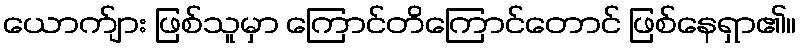
ယောက်ျား ဖြစ်သူမှာ ကြောင်တိကြောင်တောင် ဖြစ်နေရှာ၏။